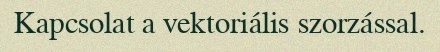
Kapcsolat a vektoriális szorzással.